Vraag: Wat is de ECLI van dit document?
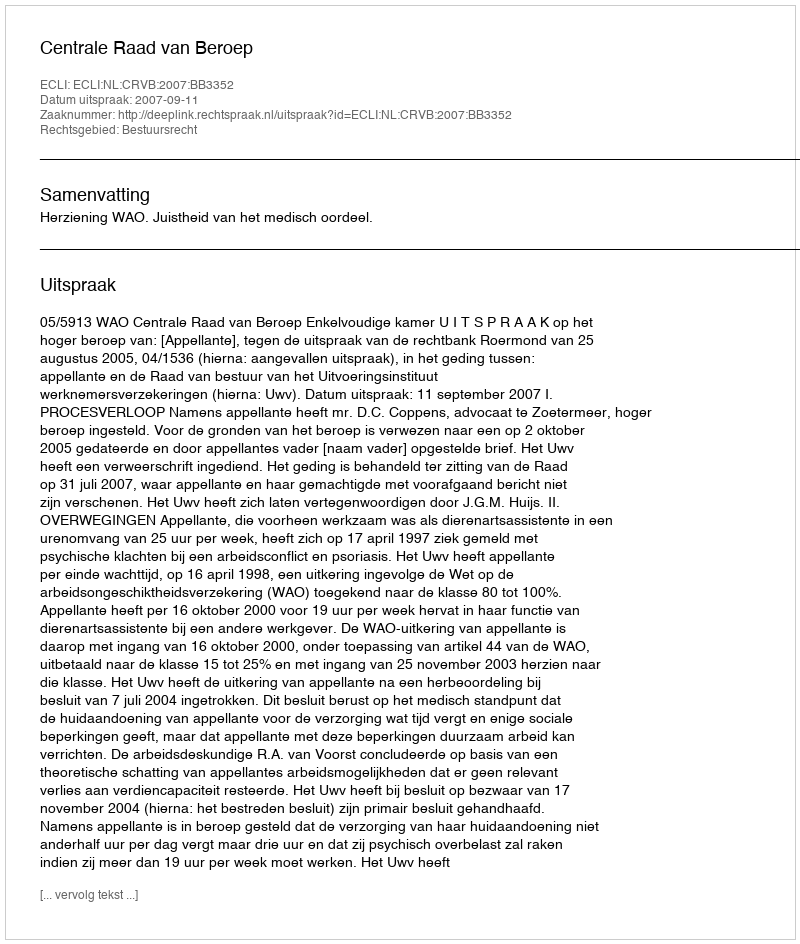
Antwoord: ECLI:NL:CRVB:2007:BB3352